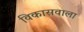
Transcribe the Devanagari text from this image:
विकासवाला